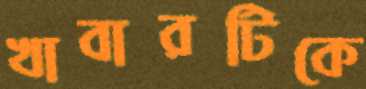
খাবারটিকে